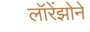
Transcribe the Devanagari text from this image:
लॉरेंझोने